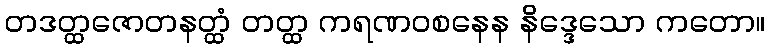
တဒတ္ထဇောတနတ္ထံ တတ္ထ ကရဏဝစနေန နိဒ္ဒေသော ကတော။